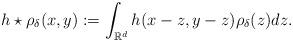
LaTeX: \begin{align*}h\star \rho_\delta(x,y):=\int_{\mathbb{R}^d}h(x-z,y-z)\rho_\delta(z)dz. \end{align*}